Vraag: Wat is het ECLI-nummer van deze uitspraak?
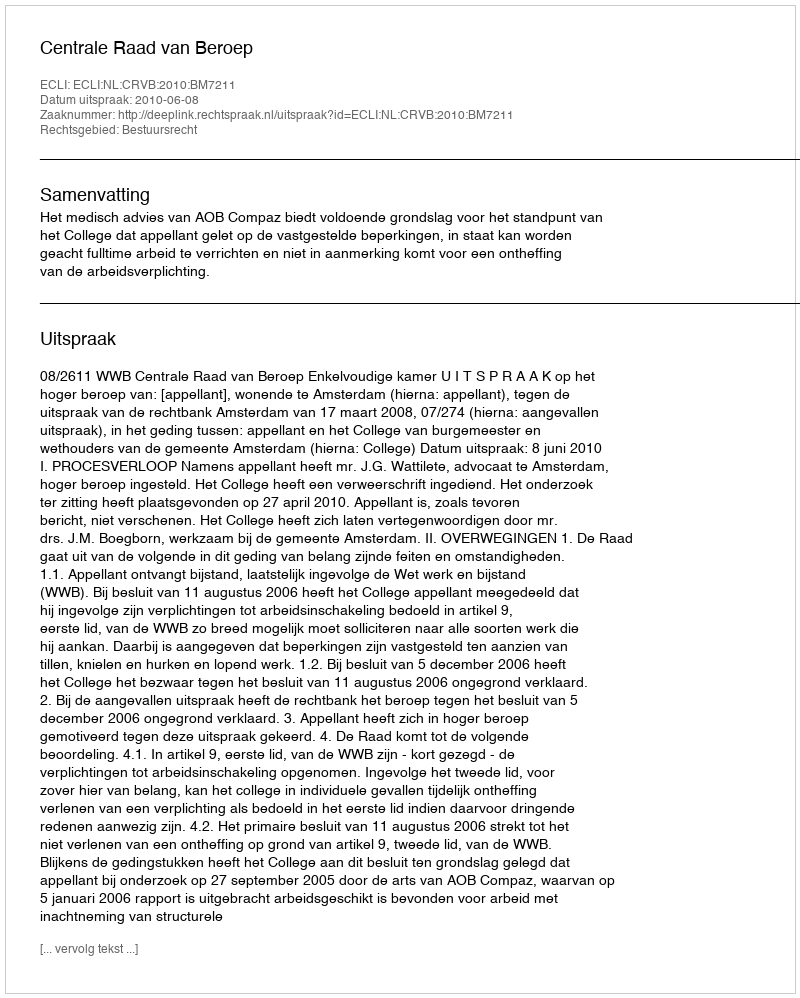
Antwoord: ECLI:NL:CRVB:2010:BM7211